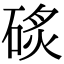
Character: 䂹